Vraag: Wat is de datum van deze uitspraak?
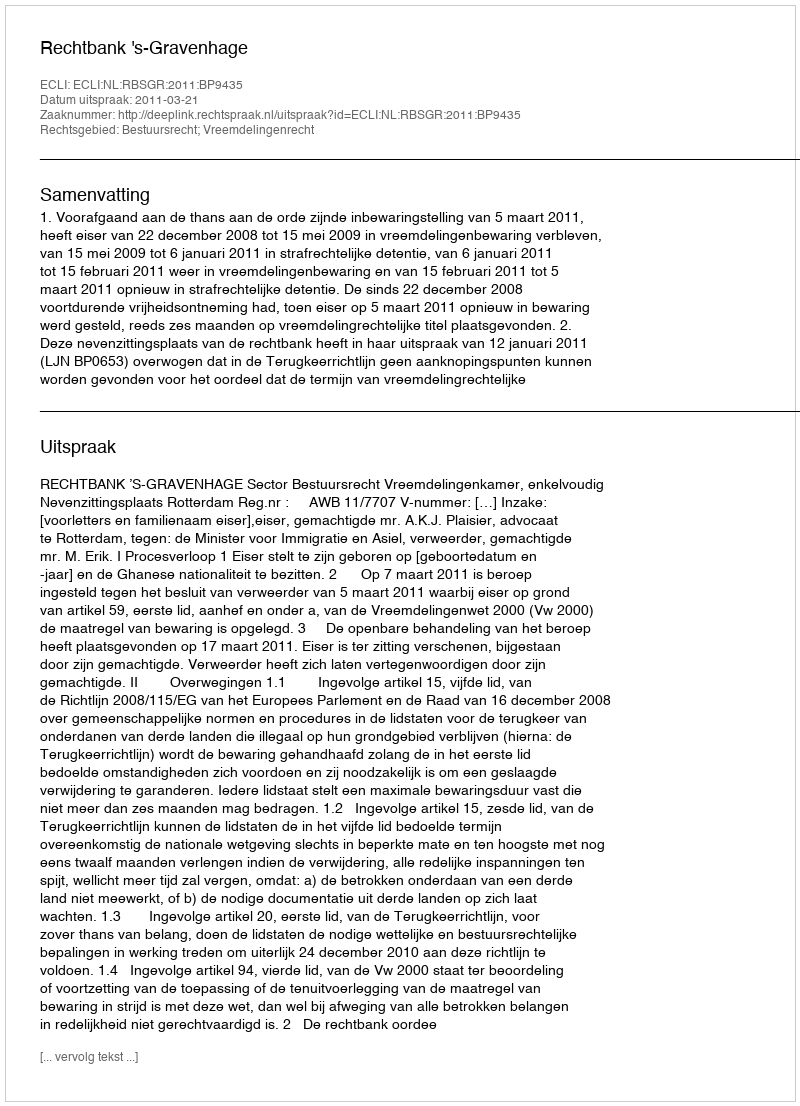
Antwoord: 2011-03-21